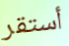
أستقر